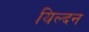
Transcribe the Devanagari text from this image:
यिल्दन